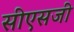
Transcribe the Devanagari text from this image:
सीएसजी